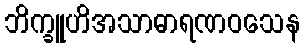
ဘိက္ခူဟိအသာဓာရဏဝသေန